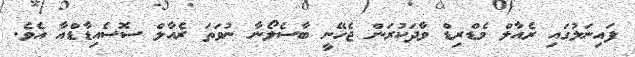
ފައިނަލުގައި ރެއާލް މެޑްރިޑް ވާދަކުރަން ޖެހޭނީ ބާސެލޯނާ ނުވަތަ ރެއާލް ސޮސެއިޑާޑްއާ އެވެ.